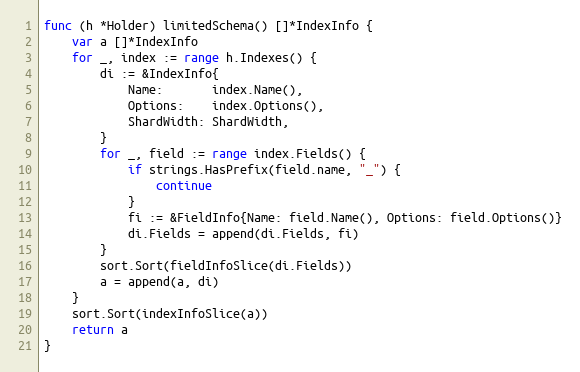
Language: Go
func (h *Holder) limitedSchema() []*IndexInfo {
	var a []*IndexInfo
	for _, index := range h.Indexes() {
		di := &IndexInfo{
			Name:       index.Name(),
			Options:    index.Options(),
			ShardWidth: ShardWidth,
		}
		for _, field := range index.Fields() {
			if strings.HasPrefix(field.name, "_") {
				continue
			}
			fi := &FieldInfo{Name: field.Name(), Options: field.Options()}
			di.Fields = append(di.Fields, fi)
		}
		sort.Sort(fieldInfoSlice(di.Fields))
		a = append(a, di)
	}
	sort.Sort(indexInfoSlice(a))
	return a
}